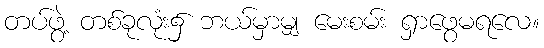
တပ်ဖွဲ့ တစ်ခုလုံး၌ ဘယ်မှာမျှ မေးစမ်း ရှာဖွေမရလေ။